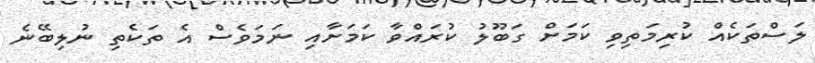
ލަސްތަކެއް ކުރިމަތިވި ކަމަށް ގަބޫލު ކުރައްވާ ކަމަށާއި ނަމަވެސް އެ ތަކެތި ނުލިބޭނެ